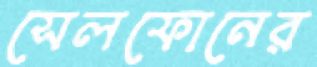
সেলফোনের